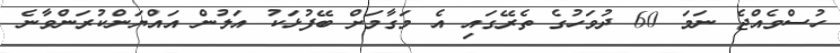
ހުސްވެއްޖެ ނަމަ 60 ދުވަހުގެ ތެރޭގައި އެ މަގާމަށް ބޭފުޅަކު އަލުން އައްޔަންކުރަންވާނެ